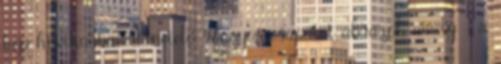
kép hóviharban menetelő rongyos csapatot ábrázol, amely - a